Mental hospitals Bombay report 1929-33 - 1929-1933
Year: 1929
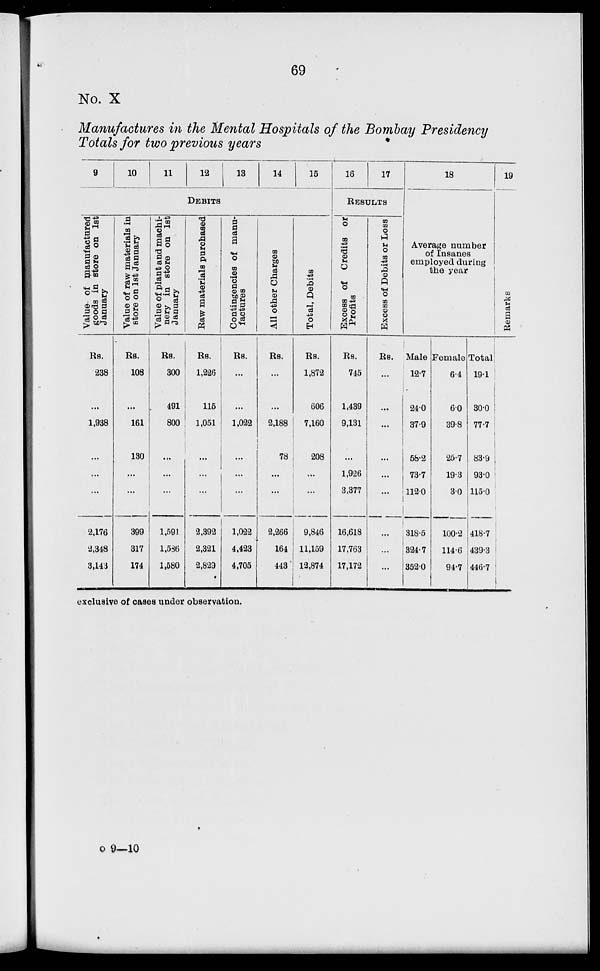
69
No. X
Manufactures in the Mental Hospitals of the Bombay Presidency
Totals for two previous years
9
10
11
12
13
14
15
DEBITS
Value of manufactured
goods in store on 1st
January
Rs.
238
...
1,938
...
...
...
2,176
2,348
3,143
Value of raw materials in
store on 1st January
Rs.
108
...
161
130
...
...
399
317
174
Value of plant and machi-
nery in store on 1st
January
Rs.
300
491
800
...
...
1,591
1,586
1,580
Raw materials purchased
Rs.
1,226
115
1,051
...
...
...
2,392
2,321
2,829
Contingencies of manu-
factures
Rs.
...
...
1,022
...
...
...
1,022
4,423
4,705
All other Charges
Rs.
...
...
2,188
78
...
...
2,266
164
443
Total, Debits
Rs.
1,872
606
7,160
208
...
...
9,846
11,159
12,874
16
17
RESULT
Excess of Credits or
Profits
Rs.
745
1,439
9,131
...
1,926
3,377
16,618
17,763
17,172
Excess of Debits or Loss
Rs.
...
...
...
...
...
...
...
...
...
18
Average number
of Insanes
employed during
the year
Male
12.7
24.0
37.9
58.2
73.7
112.0
318.5
324.7
352.0
Female
6.4
6.0
39.8
25.7
19.3
3.0
100.2
114.6
94.7
Total
19.1
30.0
77.7
83.9
93.0
115.0
418.7
439.3
446.7
19
Remarks
exclusive of cases under observation.
o 9—10